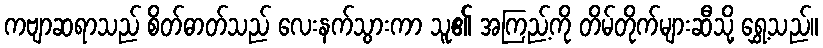
ကဗျာဆရာသည် စိတ်ဓာတ်သည် လေးနက်သွားကာ သူ၏ အကြည့်ကို တိမ်တိုက်များဆီသို့ ရွှေ့သည်။